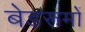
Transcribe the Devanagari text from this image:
बेडरूमों